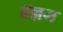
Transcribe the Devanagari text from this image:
बॅल्लम